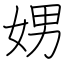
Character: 娚